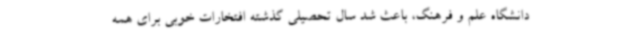
دانشگاه علم و فرهنگ، باعث شد سال تحصیلی گذشته افتخارات خوبی برای همه